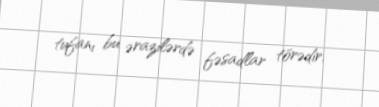
tufanı bu ərazilərdə fəsadlar törədir.